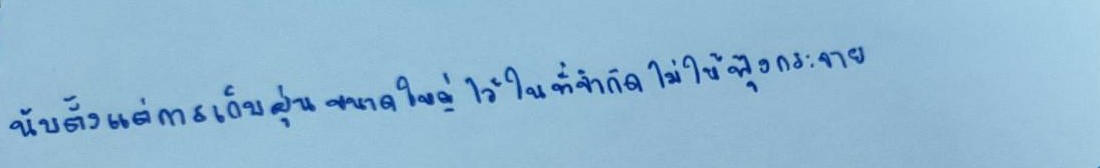
นับตั้งแต่การเก็บฝุ่นขนาดใหญ่ไว้ในที่จำกัดไม่ให้ฟุ้งกระจาย